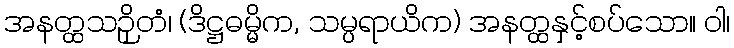
အနတ္ထသဉှိတံ၊ (ဒိဋ္ဌဓမ္မိက, သမ္ပရာယိက) အနတ္ထနှင့်စပ်သော။ ဝါ၊